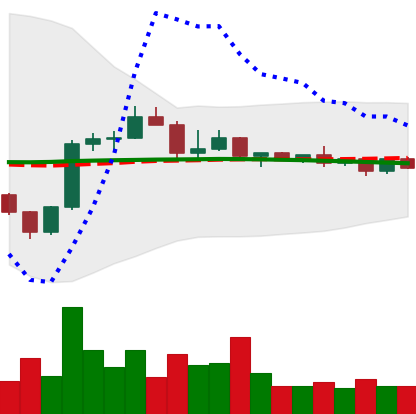
Ticker: BNB-USD
Chart end date: 2022-12-09
Forward return: -6.242%
Label: down_5_7